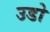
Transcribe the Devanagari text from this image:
उडो